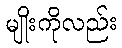
မျိုးကိုလည်း